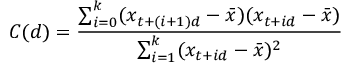
C ( d ) = \frac { \sum _ { i = 0 } ^ { k } ( x _ { t + ( i + 1 ) d } - \bar { x } ) ( x _ { t + i d } - \bar { x } ) } { \sum _ { i = 1 } ^ { k } ( x _ { t + i d } - \bar { x } ) ^ { 2 } }